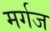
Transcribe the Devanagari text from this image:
मर्गज